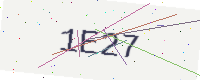
Text: 1E27